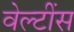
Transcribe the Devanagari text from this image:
वेल्टींस